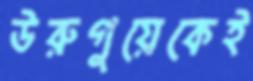
উরুগুয়েকেই